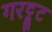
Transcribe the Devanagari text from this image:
गरट्रूट